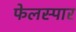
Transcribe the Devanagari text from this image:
फेलस्पार